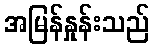
အမြန်နှုန်းသည်